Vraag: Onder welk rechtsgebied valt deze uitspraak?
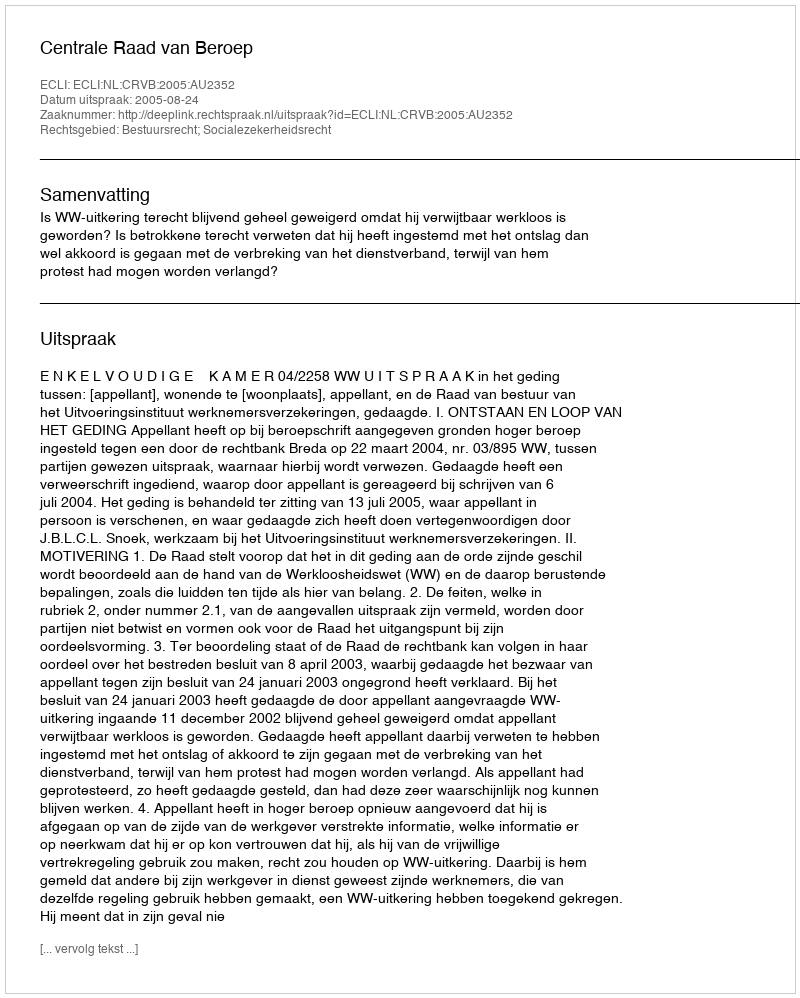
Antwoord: Bestuursrecht; Socialezekerheidsrecht